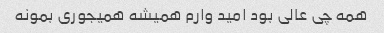
همه چی عالی بود امید وارم همیشه همیجوری بمونه